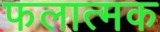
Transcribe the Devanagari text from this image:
फलात्मक